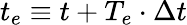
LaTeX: t_{e}\equiv t+{T_{e}}\cdot\Delta t